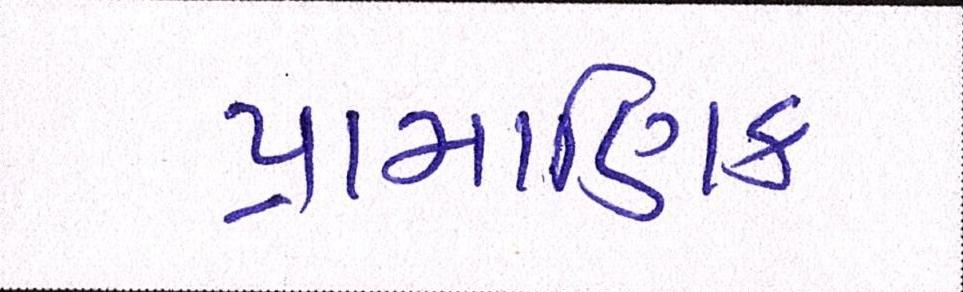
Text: પ્રામાણિક